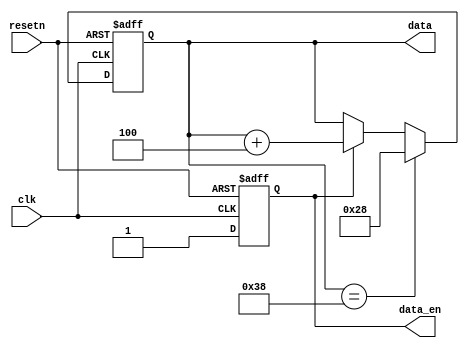
module data_generation_2 (input clk, input resetn, output reg data_en, output reg [7:0] data);

 always@(posedge clk or negedge resetn)
 if(resetn == 1'b0)
 data_en <= 1'b0;
 else
 data_en <= 1'b1;


 always@(posedge clk or negedge resetn)
 if(resetn == 1'b0)
 data <= 8'd40;
 else if(data == 8'd56)
 data <= 8'd40;
 else if(data_en == 1'b1)
 data <= data + 3'd4;
 else
 data <= data;
 
endmodule